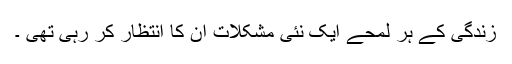
زندگی کے ہر لمحے ایک نئی مشکلات ان کا انتظار کر رہی تھی ۔